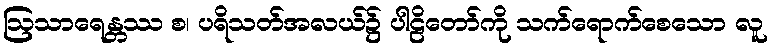
ဩသာရေန္တဿ စ၊ ပရိသတ်အလယ်၌ ပါဠိတော်ကို သက်ရောက်စေသော လူ